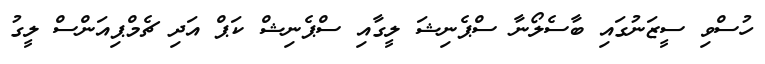
ހުސްވި ސީޒަނުގައި ބާސެލޯނާ ސްޕެނިޝަ ލީގާއި ސްޕެނިޝް ކަޕް އަދި ޗެމްޕިއަންސް ލީގު